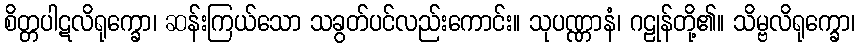
စိတ္တပါဋလိရုက္ခော၊ ဆန်းကြယ်သော သခွတ်ပင်လည်းကောင်း။ သုပဏ္ဏာနံ၊ ဂဠုန်တို့၏။ သိမ္ဗလိရုက္ခော၊